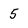
Character: 5